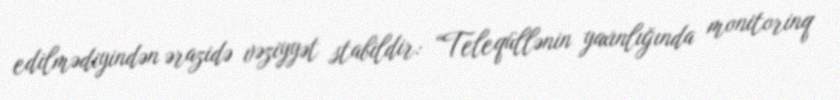
edilmədiyindən ərazidə vəziyyət stabildir: “Teleqüllənin yaxınlığında monitorinq